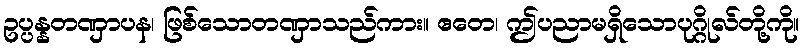
ဥပ္ပန္နတဏှာပန၊ ဖြစ်သောတဏှာသည်ကား။ ဧတေ၊ ဤပညာမရှိသောပုဂ္ဂိုလ်တို့ကို။